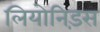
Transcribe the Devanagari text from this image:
लियोनिड़स